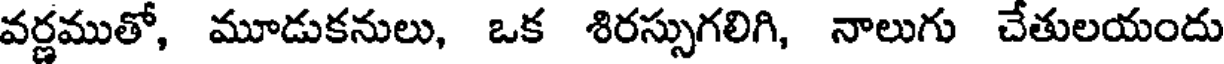
వర్ణముతో, మూడుకనులు, ఒక శిరస్సుగలిగి, నాలుగు చేతులయందు